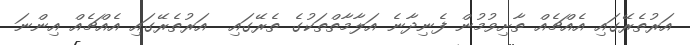
އަރުތެރޭގައި އެއްޗެއް ތާށިވުމުން ފެނިދާނެ އަލާމާތްތަކުގެ ތެރޭގައި  އަރުތެރޭގައި އެއްޗެއް އިންނަ